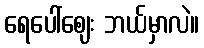
ရေပေါ်ဈေး ဘယ်မှာလဲ။